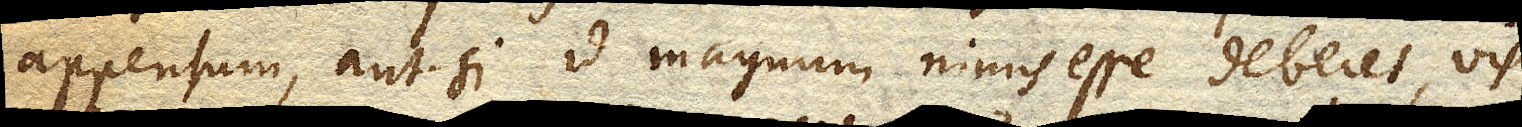
appensum, aut si id magnum nimis esse deberet, vis